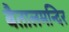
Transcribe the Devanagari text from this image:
बैतालमन्दिर